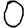
Digit: 0